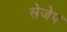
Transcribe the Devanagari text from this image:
सेजेप